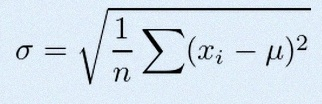
\sigma=\sqrt{\frac1n\sum(x_i-\mu)^2}